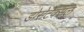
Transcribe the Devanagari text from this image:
डोसेटेक्सल